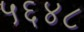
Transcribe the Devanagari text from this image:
५६४८